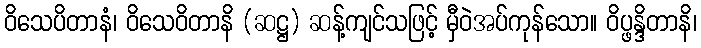
ဝိသေပိတာနံ၊ ဝိသေဝိတာနိ (ဆဋ္ဌ) ဆန့်ကျင်သဖြင့် မှီဝဲအပ်ကုန်သော။ ဝိပ္ဖန္ဒိတာနိ၊